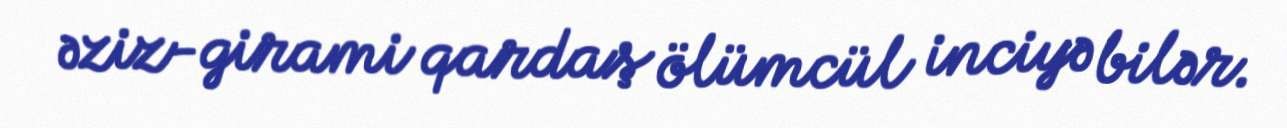
əziz-girami qardaş ölümcül inciyə bilər.